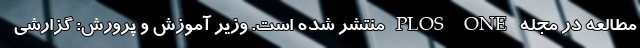
مطالعه در مجله PLOS ONE منتشر شده است. وزیر آموزش و پرورش: گزارشی